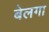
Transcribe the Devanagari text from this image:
बेलगा